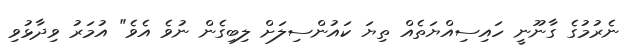
ނެރުމުގެ ގާނޫނީ ހައިސިއްޔަތެއް ތިޔަ ކައުންސިލަށް ލިބިގެން ނުވެ އެވެ" އުމަރު ވިދާޅުވި